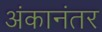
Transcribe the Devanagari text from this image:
अंकानंतर